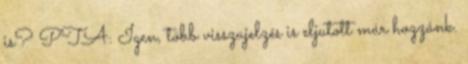
is? PTA: Igen, több visszajelzés is eljutott már hozzánk.